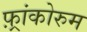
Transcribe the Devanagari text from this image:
फ़्रांकोरुम